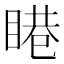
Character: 𥈩